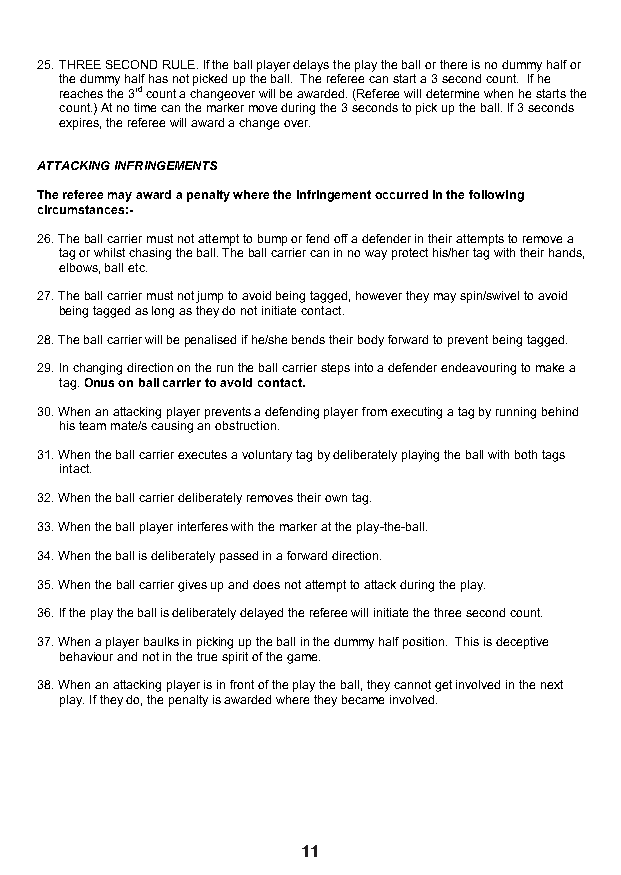
25. THREE SECOND RULE. If the ball player delays the play the ball or there is no dummy half or
 the dummy half has not picked up the ball. The referee can start a 3 second count. If he
 reaches the 3rd count a changeover will be awarded. (Referee will determine when he starts the
 count.) At no time can the marker move during the 3 seconds to pick up the ball. If 3 seconds
 expires, the referee will award a change over.
 ATTACKING INFRINGEMENTS
 The referee may award a penalty where the infringement occurred in the following
 circumstances:-
 26. The ball carrier must not attempt to bump or fend off a defender in their attempts to remove a
 tag or whilst chasing the ball. The ball carrier can in no way protect his/her tag with their hands,
 elbows, ball etc.
 27. The ball carrier must not jump to avoid being tagged, however they may spin/swivel to avoid
 being tagged as long as they do not initiate contact.
 28. The ball carrier will be penalised if he/she bends their body forward to prevent being tagged.
 29. In changing direction on the run the ball carrier steps into a defender endeavouring to make a
 tag.Onus on ball carrier to avoid contact.
 30. When an attacking player prevents a defending player from executing a tag by running behind
 his team mate/s causing an obstruction.
 31. When the ball carrier executes a voluntary tag by deliberately playing the ball with both tags
 intact.
 32. When the ball carrier deliberately removes their own tag.
 33. When the ball player interferes with the marker at the play-the-ball.
 34. When the ball is deliberately passed in a forward direction.
 35. When the ball carrier gives up and does not attempt to attack during the play.
 36. If the play the ball is deliberately delayed the referee will initiate the three second count.
 37. When a player baulks in picking up the ball in the dummy half position. This is deceptive
 behaviour and not in the true spirit of the game.
 38. When an attacking player is in front of the play the ball, they cannot get involved in the next
 play. If they do, the penalty is awarded where they became involved.
 12
 11                                       12